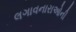
લગાવનારાઓની